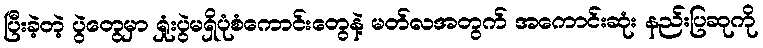
ပြီးခဲ့တဲ့ ပွဲတွေမှာ ရှုံးပွဲမရှိပုံစံကောင်းတွေနဲ့ မတ်လအတွက် အကောင်းဆုံး နည်းပြဆုကို